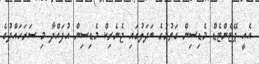
އެއީ ޕޭޓެންޓެޑް މެޑިސިން ގަތުމުގެ ބަދަލުގައި ޖެނެރިކް މެޑިސިން އުފައްދާ މި ސަރަހައްދުގެ